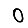
Digit: 0